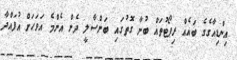
އިންޑިއާގެގެ ބައެއް ރިޕޯޓުތައް ބުނާ ގޮތުގައި ބަންސާލީ ދެން އެންމެ އަވަހަށް އުފައްދާ